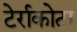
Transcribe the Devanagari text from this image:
टेर्राकोटा